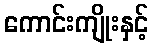
ကောင်းကျိုးနှင့်